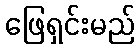
ဖြေရှင်းမည်